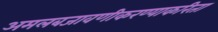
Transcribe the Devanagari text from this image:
अमलबजावणीकरण्याकरिता